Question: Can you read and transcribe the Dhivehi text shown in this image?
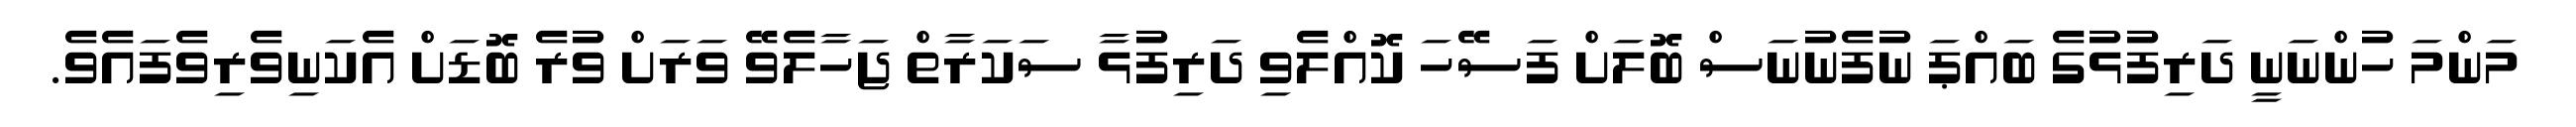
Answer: މަންމަ ހުންނަނީ ދަރިފުޅުގެ ބައްޕަ ނުފެނުނަސް ބޮލަށް ފަސޭހަ ކޮއްލެވި ދަރިފުޅާ ސަކަރާތް ޖަހާލެވޭ ވަރަށް ވުރެ ބޮޑަށް އެކަނިވެރިވެފައެވެ.